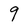
Character: 9